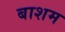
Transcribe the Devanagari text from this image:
बाशम